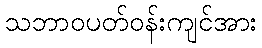
သဘာဝပတ်ဝန်းကျင်အား